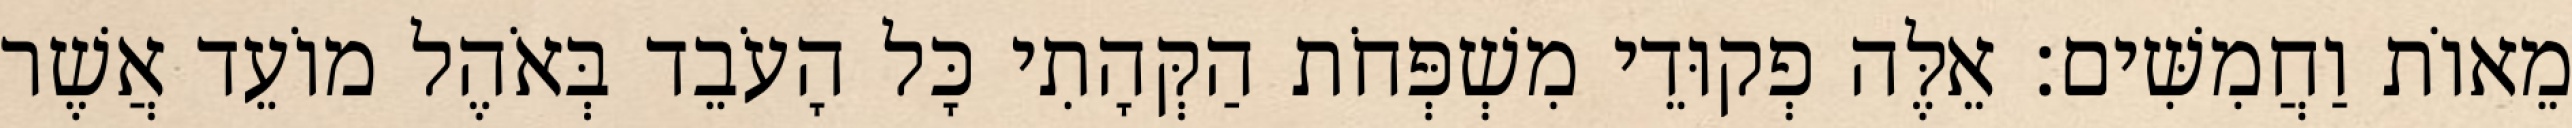
מֵאוֹת וַחֲמִשִּׁים׃ אֵלֶּה פְקוּדֵי מִשְׁפְּחֹת הַקְּהָתִי כָּל הָעֹבֵד בְּאֹהֶל מוֹעֵד אֲשֶׁר